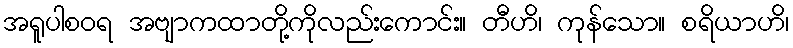
အရူပါစဝရ အဗျာကထာတို့ကိုလည်းကောင်း။ တီဟိ၊ ကုန်သော။ စရိယာဟိ၊